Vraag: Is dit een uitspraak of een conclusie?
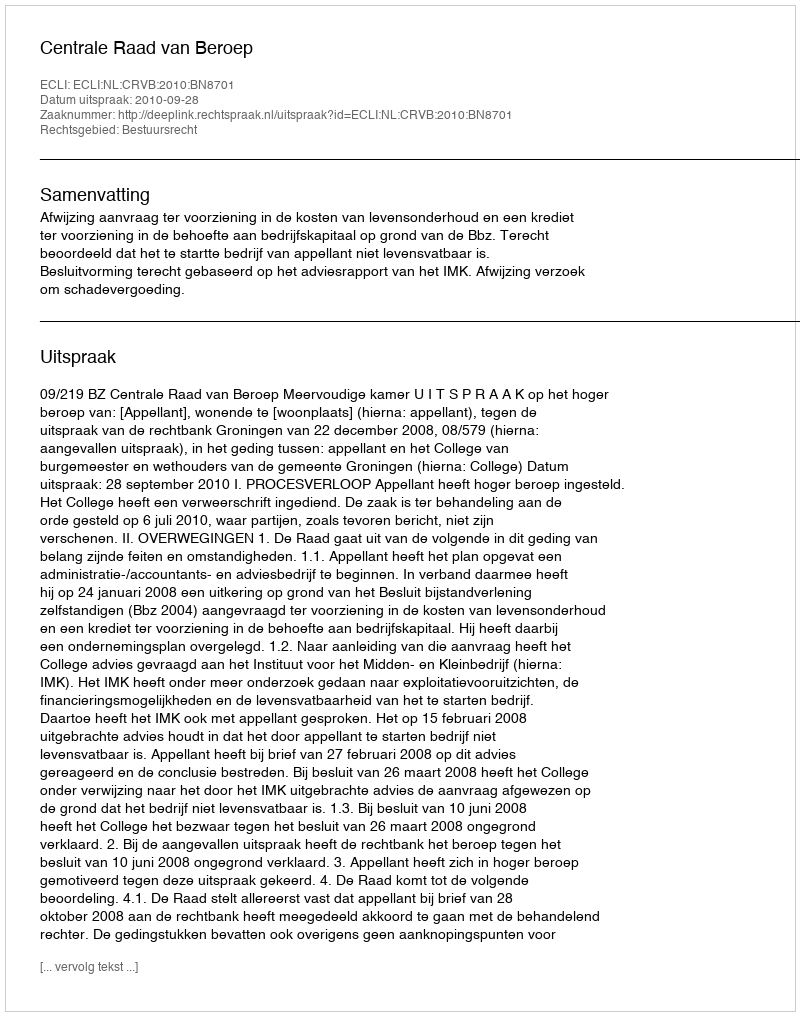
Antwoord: Uitspraak